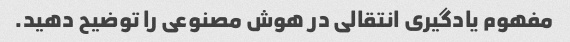
مفهوم یادگیری انتقالی در هوش مصنوعی را توضیح دهید.